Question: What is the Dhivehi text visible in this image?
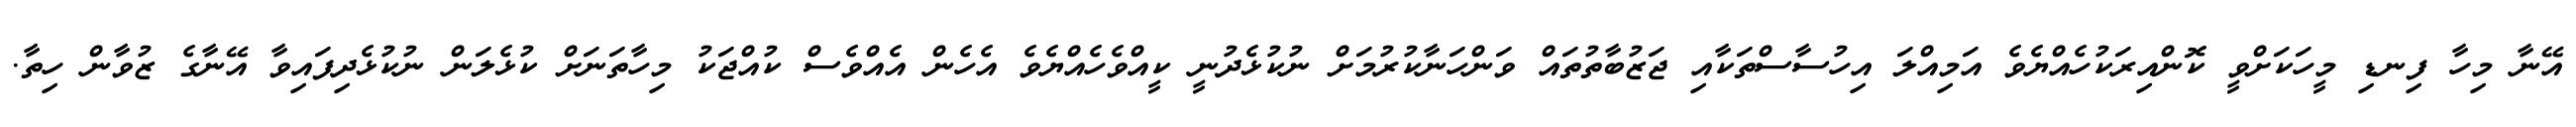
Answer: އޭނާ މިހާ ފިނޑި މީހަކަށްވީ ކޮންއިރަކުހެއްޔެވެ އަމިއްލަ އިހުސާސްތަކާއި ޖަޒުބާތުތައް ވަންހަނާކުރުމަށް ނުކުޅެދުނީ ކީއްވެހެއްޔެވެ އެހެން އެއްވެސް ކުއްޖަކު މިހާތަނަށް ކުޅެލަން ނުކުޅެދިފައިވާ އޭނާގެ ޒުވާން ހިތާ.